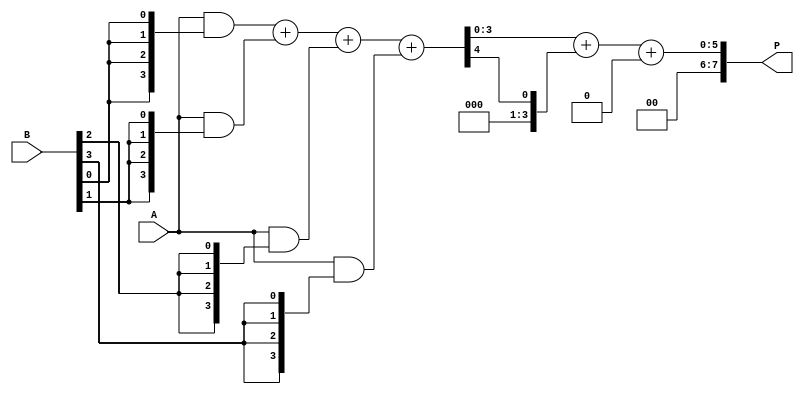
module async_wallace_tree_multiplier #(parameter N = 4) (
    input [N-1:0] A,
    input [N-1:0] B,
    output reg [2*N-1:0] P
);

// Partial product generation
wire [N-1:0] pp [N-1:0]; // Partial products

genvar i, j;
generate
    for (i = 0; i < N; i = i + 1) begin : partial_product_gen
        assign pp[i] = A & {N{B[i]}};
    end
endgenerate

// Carry-save adder (CSA) for Wallace tree reduction
wire [N-1:0] sum [N-1:0];
wire [N-1:0] carry [N-1:0];

generate
    for (i = 0; i < N-1; i = i + 1) begin : wallace_tree
        if (i == 0) begin
            assign {carry[i], sum[i]} = pp[0] + pp[1];
        end else if (i < N-2) begin
            assign {carry[i], sum[i]} = sum[i-1] + pp[i+1];
        end else begin
            // Final stage reduction
            assign {carry[i], sum[i]} = sum[i-1] + pp[i+1];
        end
    end
endgenerate

// Final addition of the last two sums
wire [2*N-1:0] final_sum;
wire [2*N-1:0] final_carry;

assign {final_carry, final_sum} = {1'b0, sum[N-2]} + {1'b0, carry[N-2]};

// Output the final product
always @(*) begin
    P = final_sum + final_carry;
end

endmodule